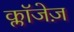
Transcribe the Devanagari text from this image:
क्लॉजेज़